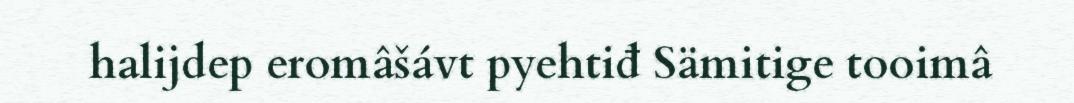
halijdep eromâšávt pyehtiđ Sämitige tooimâ